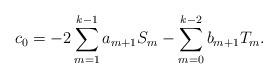
LaTeX: \begin{align*} c_0 = - 2 \sum_{m=1}^{k-1} a_{m+1} S_m - \sum_{m=0}^{k-2} b_{m+1} T_m. \end{align*}